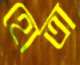
হোতা